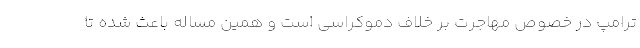
ترامپ در خصوص مهاجرت بر خلاف دموکراسی است و همین مساله باعث شده تا